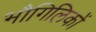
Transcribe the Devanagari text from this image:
भौगिलिकों